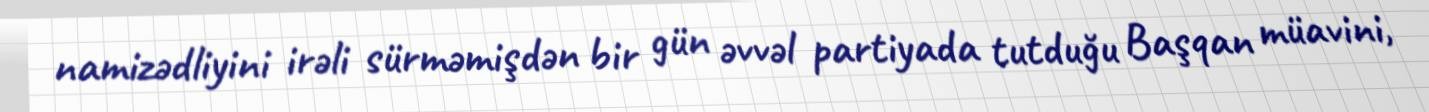
namizədliyini irəli sürməmişdən bir gün əvvəl partiyada tutduğu Başqan müavini,